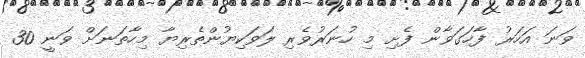
ވަނަ އަހަރު ފާހަގަވާން ފެށި މި ހުނަރުވެރި ލަވަކިޔުންތެރިޔާ މިހާތަނަށް ވަނީ 30